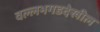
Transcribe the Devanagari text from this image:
वल्लभगडदेखील